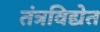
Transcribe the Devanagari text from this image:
तंत्रविद्येत